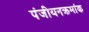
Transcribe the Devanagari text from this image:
पंजीयनक्रमांक